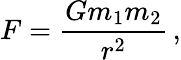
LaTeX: F=\frac{Gm_{1}m_{2}}{r^{2}}\, ,